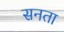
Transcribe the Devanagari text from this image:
सनता